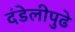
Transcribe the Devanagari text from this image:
दंडेलीपुढे